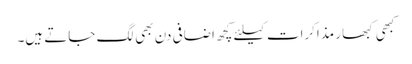
کبھی کبھار مذاکرات کیلئے کچھ اضافی دن بھی لگ جاتے ہیں۔